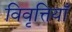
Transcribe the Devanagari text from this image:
विवृत्तियाँ